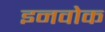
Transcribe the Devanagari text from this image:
इनवोक